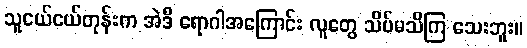
သူငယ်ငယ်တုန်းက အဲဒီ ရောဂါအကြောင်း လူတွေ သိပ်မသိကြ သေးဘူး။